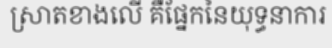
ស្រាតខាងលើ គឺផ្នែកនៃយុទ្ធនាការ